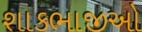
શાકભાજીઓ